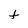
Character: t